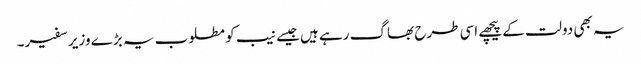
یہ بھی دولت کے پیچھے اسی طرح بھاگ رہے ہیں جیسے نیب کو مطلوب یہ بڑے وزیر سفیر۔